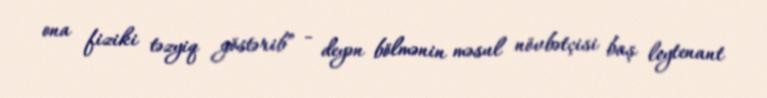
ona fiziki təzyiq göstərib” - deyən bölmənin məsul növbətçisi baş leytenant